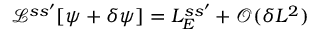
\mathcal { L } ^ { s s ^ { \prime } } [ \psi + \delta \psi ] = L _ { E } ^ { s s ^ { \prime } } + \mathcal { O } ( \delta L ^ { 2 } )